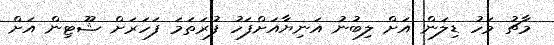
މާޗު މަހު ޑިލަން އަށް ލިބުނު އަނިޔާއަށްފަހު ފުރަތަމަ ފަހަރަށް ޝޫޓިން އަށް